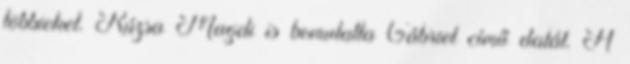
többieket. Rúzsa Magdi is bemutatta Gábriel című dalát. A